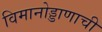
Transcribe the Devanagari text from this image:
विमानोड्डाणाची